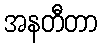
အနတီတာ